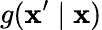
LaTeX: g(\mathbf{x}^{\prime}\mid\mathbf{x})